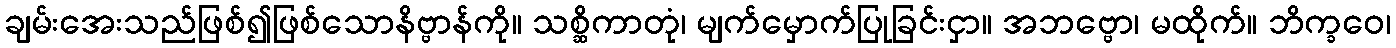
ချမ်းအေးသည်ဖြစ်၍ဖြစ်သောနိဗ္ဗာန်ကို။ သစ္ဆိကာတုံ၊ မျက်မှောက်ပြုခြင်းငှာ။ အဘဗ္ဗော၊ မထိုက်။ ဘိက္ခဝေ၊